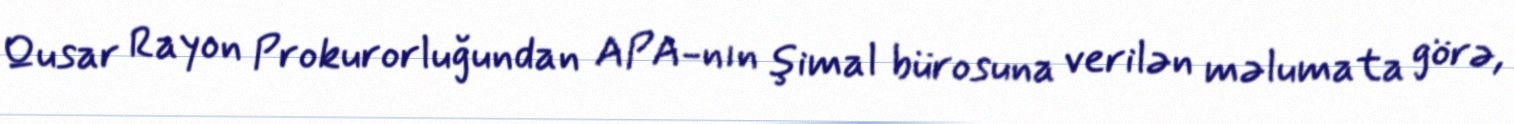
Qusar Rayon Prokurorluğundan APA-nın şimal bürosuna verilən məlumata görə,